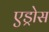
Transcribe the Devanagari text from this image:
एड्रोस